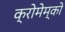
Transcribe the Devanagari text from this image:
क्रोमेम्को